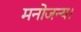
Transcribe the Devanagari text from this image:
मनोजन्य।